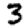
Digit: 3